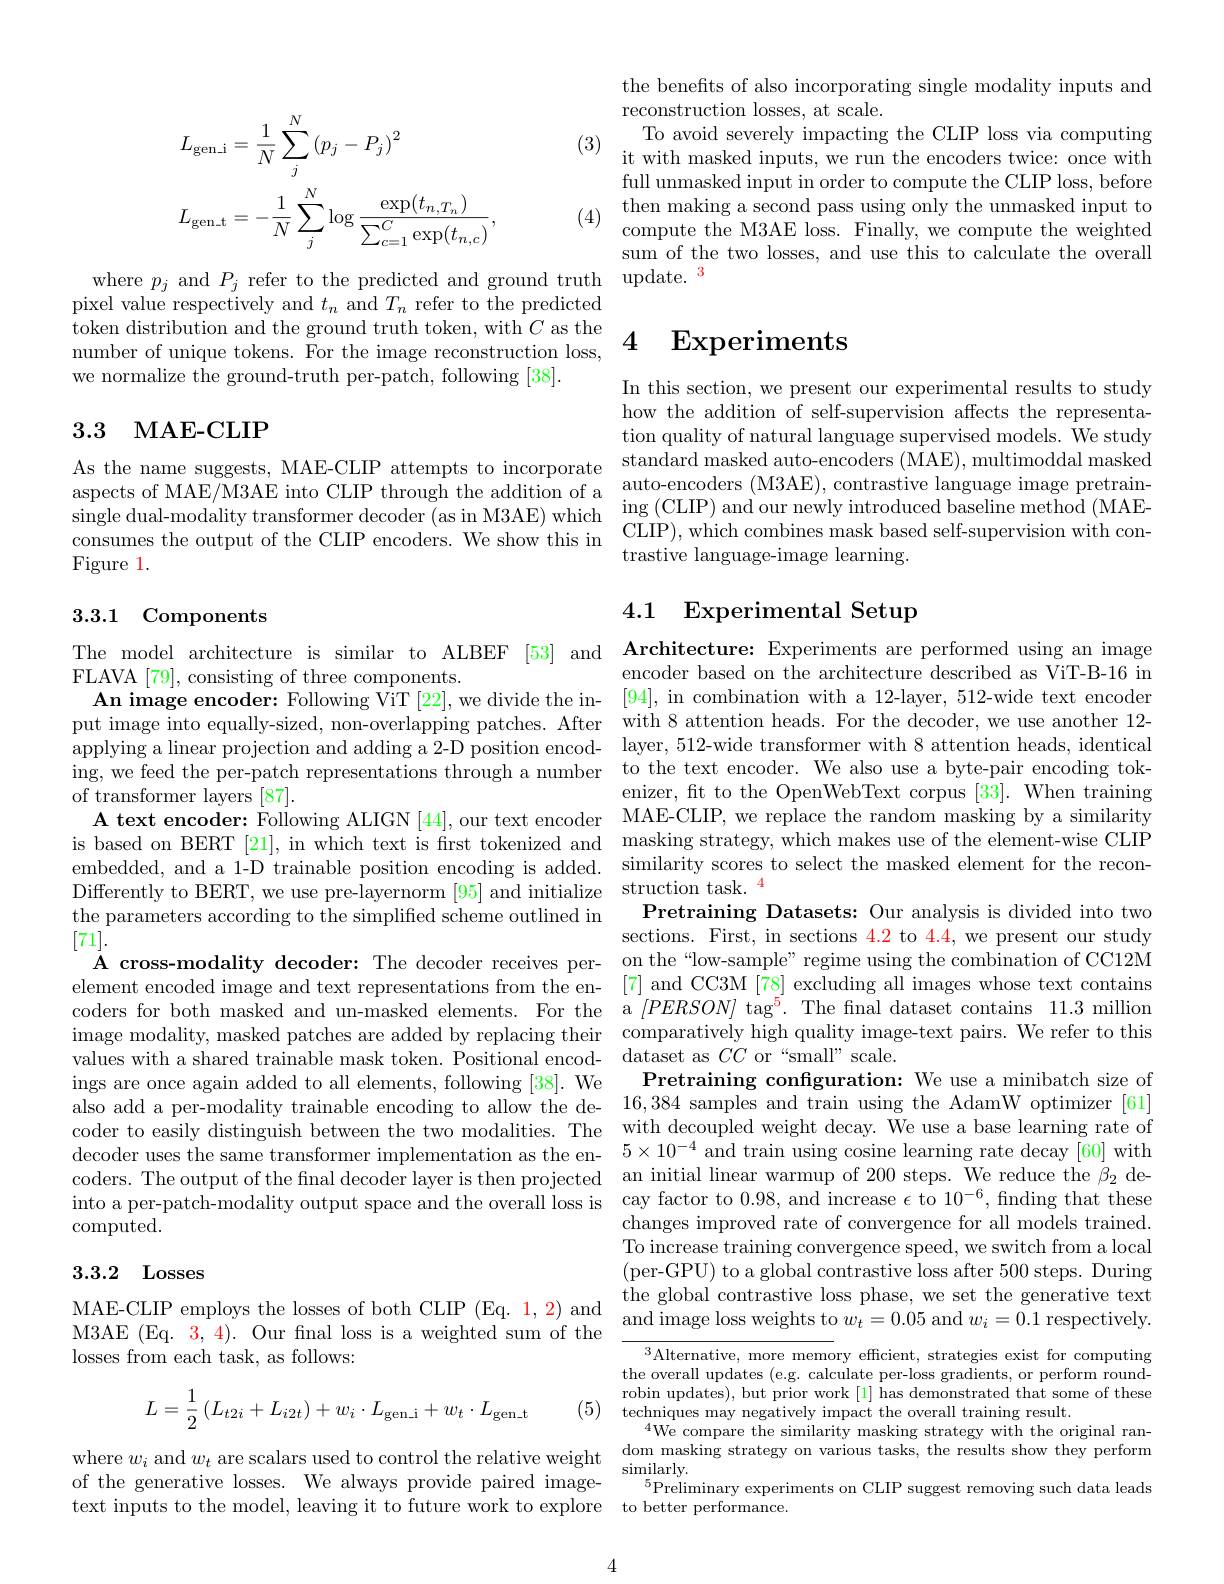
$$\begin{aligned}&L_{\mathrm{gen_i}}=\frac{1}{N}\sum_{j}^{N}\left(p_{j}-P_{j}\right)^{2}\\&L_{\mathrm{gen_t}}=-\frac{1}{N}\sum_{j}^{N}\log\frac{\exp(t_{n,T_{n}})}{\sum_{c=1}^{C}\exp(t_{n,c})},\end{aligned}$$
pixel value respectively and
token distribution and the ground truth token, w
number of unique tokens. For the image reconstruction loss,
we normalize the ground-truth per-patch, following [38].

## 3.3 MAE-CLIP

single dual-modality transfo
Figure 1.

## 3.3.1 Components

The model architecture is si
FLAVA [79], consisting of th
An image encoder: Following
put image into equally-sized applying a linear projection ing, we feed the per-patch r of transformer layers [87].
A text encoder: Following AL is based on BERT [21], in wh embedded, and a 1-D trainabl Differently to BERT, we use pre-layernorm [95] and initialize struction task.$^{4}$
the parameters according to the simplified scheme outlined in
[71].
A cross-modality decoder: The decoder receives p element encoded image and te coders for both masked and u image modality, masked patch values with a shared trainab
ings are once again added to
also add a per-modality trai coder to easily distinguish decoder uses the same transf coders. The output of the fi into a per-patch-modality ou computed.

### 3.3.2 Losses

losses from each task, as follows:
$$L=\frac{1}{2}\:(L_{t2i}+L_{i2t})+w_{i}\cdot L_{\mathrm{gen_i}}+w_{t}\cdot L_{\mathrm{gen_t}}$$
(5) ${\mathrm{techniques~may~negatively~impact~the~over}}$

of the generative losses. We

the benefits of also incorpo
reconstruction losses, at sc
(3) $\begin{array} { c c } \text{To avoid severely}\end{array}$
full unmasked input in order (4) $\begin{array} { l l } \text{then making a sec}\end{array}$
sum of the two losses, and u
where $p_j$ and $P_j$ refer

In this section, we present how the addition of self-sup tion quality of natural lang
As the name suggests, MAE-CL aspects of MAE/M3AE into CLIP through the addition of a auto-encoders (M3AE), contrastive language image pretrain-
ing (CLIP) and our newly int
$\begin{aligned}&\text{singe duarinodanty ciansoine tecoders. We show this in}&\mathrm{CLIP}),\mathrm{~which~combines~mask~based~self-supervision~with~con-cons~the~the~the~CLIP~encoders.~We~show~this~in~}&\mathrm{CIIP}),\mathrm{~which~combines~mask~based~self-supervision~with~con-~tro~tio~lon~th~th~t}\end{aligned}$
trastive language-image learning.

# 4.1 Experimental Setup

encoder based on the archite [94], in combination with enizer, ft to the OpenWebTex Pretraining Datasets: Our an sections. First, in sections Pretraining confguration: We changes improved rate of con To increase training converg (per-GPU) to a global cont
MAE-CLIP employs the losses of both CLIP (Eq. 1, 2) and $\begin{array}{c}\text{the global contrastive loss phase,we set the generative text}\\\text{M3AE (Eq. 3, 4). Our final loss is a weighted sum of the}&\underline{\text{and image loss weights to}}w_{t}=0.05\mathrm{~and~}w_{i}=0.1\end{array}$ respectively.
$\overline{^{3}\text{Alternative, more me}}$

the overall updates (e.g. ca robin updates), but prior wo $^{4}$We compare the similarity masking strategy with the original ran-
where $w_i$ and $w_t$ are scalars used to control the relative weight dom masking strategy on various tasks, the results show they perform
$^{5}$Preliminary experiment
text inputs to the model, le

4